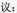
议：